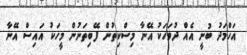
އަހްމަދު ބުނީ އެއް ދުވަހަކު އޭނާ މިސްކިތުން ފޭބިތަނުން މީހަކު އައިސް އޭނާ